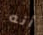
أنه